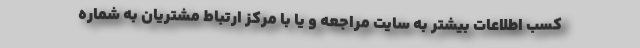
کسب اطلاعات بیشتر به سایت مراجعه و یا با مرکز ارتباط مشتریان به شماره